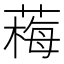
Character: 䔦